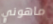
ماهوني